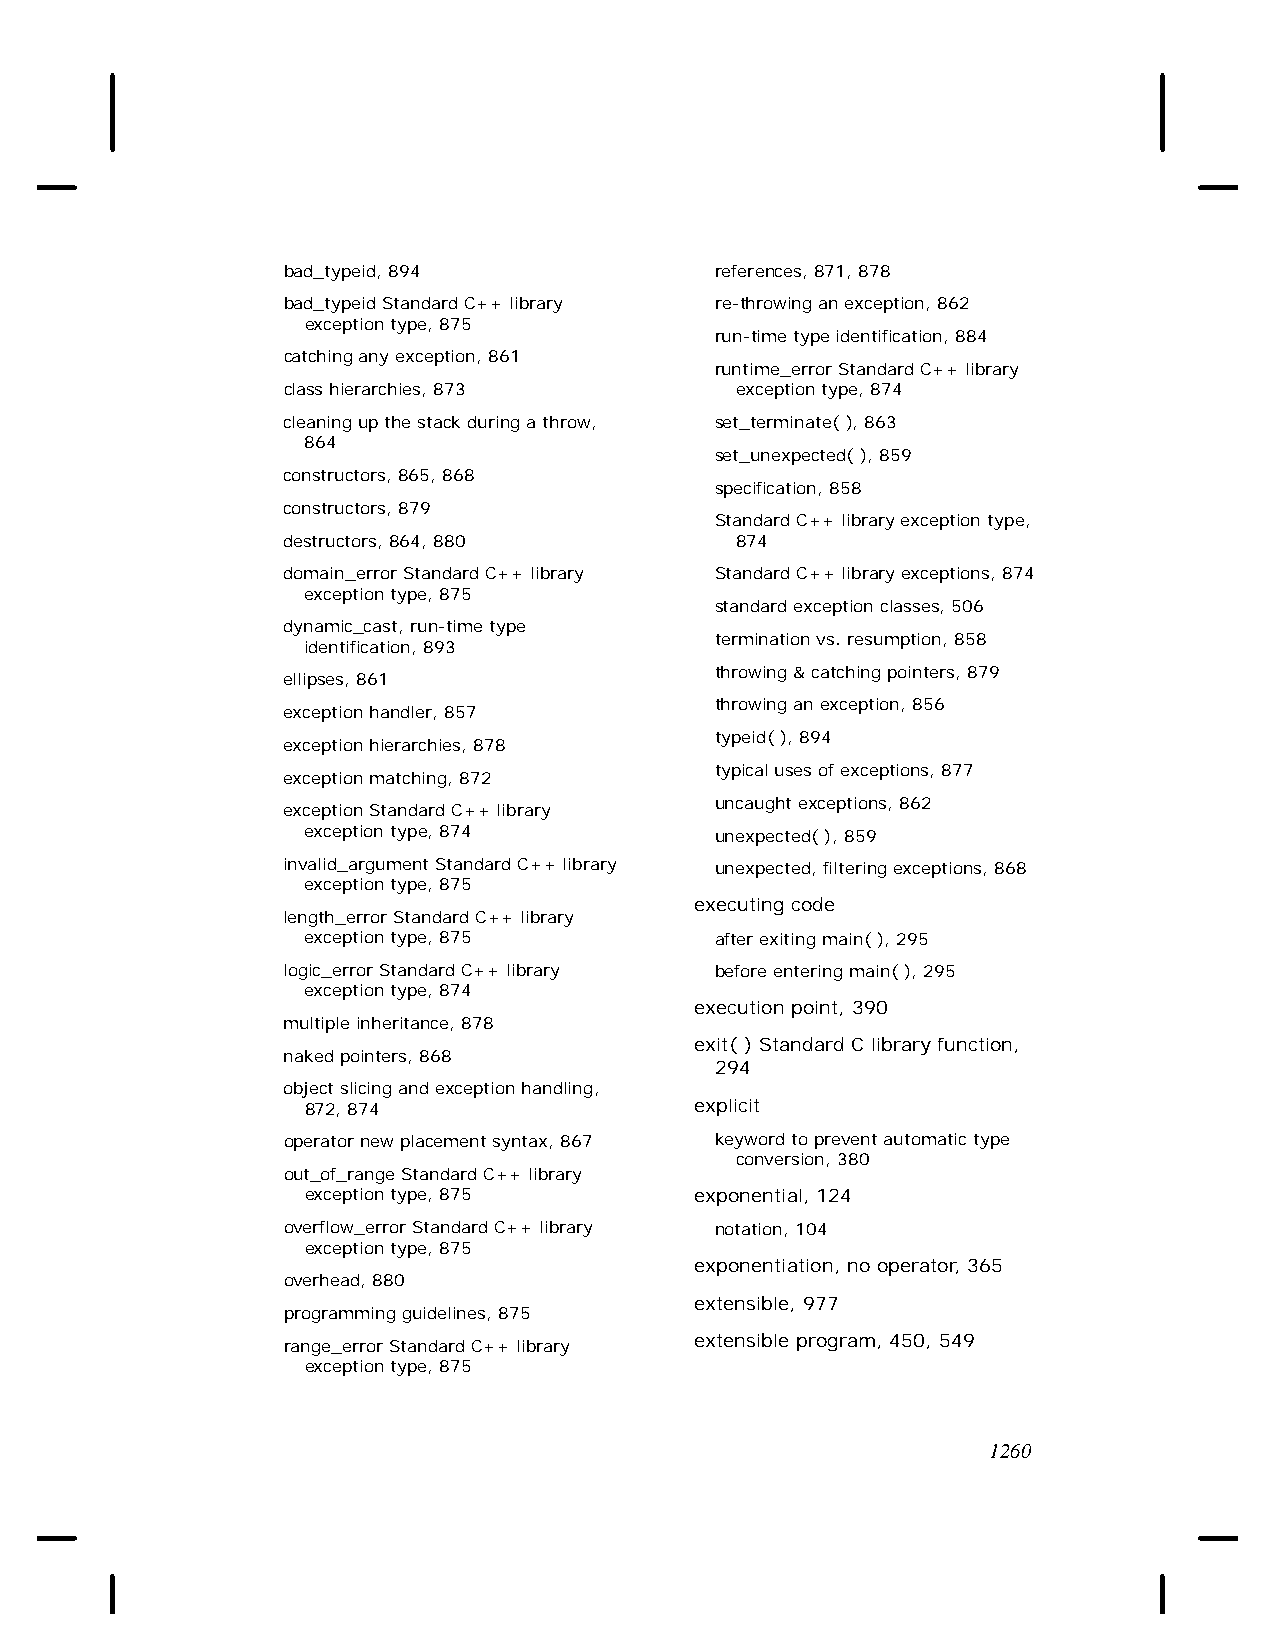
bad_typeid, 894             references, 871, 878
 bad_typeid Standard C++ library re-throwing an exception, 862
 exception type, 875
 run-time type identification, 884
 catching any exception, 861
 runtime_error Standard C++ library
 class hierarchies, 873        exception type, 874
 cleaning up the stack during a throw, set_terminate( ), 863
 864
 set_unexpected( ), 859
 constructors, 865, 868
 specification, 858
 constructors, 879
 Standard C++ library exception type,
 destructors, 864, 880         874
 domain_error Standard C++ library Standard C++ library exceptions, 874
 exception type, 875
 standard exception classes, 506
 dynamic_cast, run-time type
 termination vs. resumption, 858
 identification, 893
 throwing & catching pointers, 879
 ellipses, 861
 throwing an exception, 856
 exception handler, 857
 typeid( ), 894
 exception hierarchies, 878
 typical uses of exceptions, 877
 exception matching, 872
 uncaught exceptions, 862
 exception Standard C++ library
 exception type, 874        unexpected( ), 859
 invalid_argument Standard C++ library unexpected, filtering exceptions, 868
 exception type, 875
 executing code
 length_error Standard C++ library
 exception type, 875        after exiting main( ), 295
 logic_error Standard C++ library before entering main( ), 295
 exception type, 874
 execution point, 390
 multiple inheritance, 878
 exit( ) Standard C library function,
 naked pointers, 868
 294
 object slicing and exception handling,
 872, 874                  explicit
 operator new placement syntax, 867 keyword to prevent automatic type
 conversion, 380
 out_of_range Standard C++ library
 exception type, 875       exponential, 124
 overflow_error Standard C++ library notation, 104
 exception type, 875
 exponentiation, no operator, 365
 overhead, 880
 extensible, 977
 programming guidelines, 875
 extensible program, 450, 549
 range_error Standard C++ library
 exception type, 875
 1260